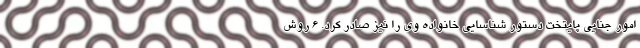
امور جنایی پایتخت دستور شناسایی خانواده وی را نیز صادر کرد. 6 روش